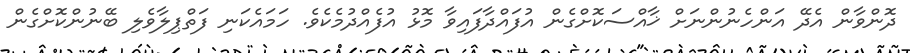
ދޮންވާން އެދޭ އަންހެނުންނަށް ޚާއްސަކޮށްގެން އުފައްދާފައިވާ މޮޅު އުފެއްދުމެކެވެ. ހަމައެކަނި ފަތްޕިލާވެލި ބޭނުންކޮށްގެން